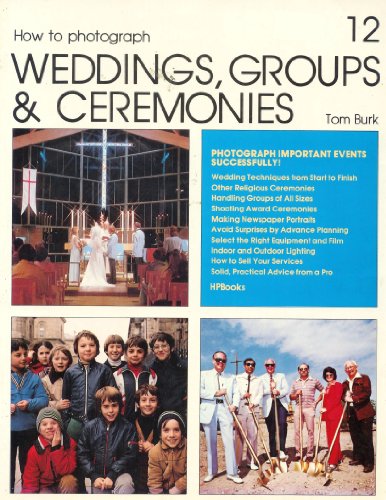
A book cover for How to Photograph Weddings, Groups, & Ceremonies (How to Do It Books, 12); Tom Burk; Crafts, Hobbies & Home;